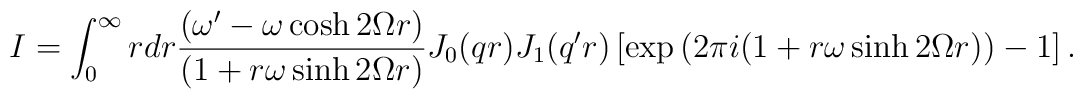
I=\int_{0}^{\infty}rdr \frac{\left(\omega'-\omega\cosh 2\Omega r\right)} {\left(1+r\omega\sinh 2\Omega r\right)} J_{0}(qr)J_1(q'r) \left[\exp\left(2\pi i(1+r\omega\sinh 2\Omega r)\right)-1\right].